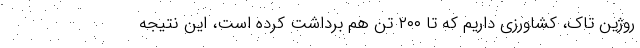
روژین تاک، کشاورزی داریم که تا ۲۰۰ تن هم برداشت کرده است، این نتیجه